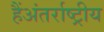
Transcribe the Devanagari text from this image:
हैंअंतर्राष्ट्रीय